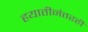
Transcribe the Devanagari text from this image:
हयातीनंतरही